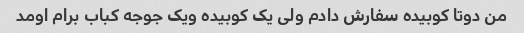
من دوتا کوبیده سفارش دادم ولی یک کوبیده ویک جوجه کباب برام اومد